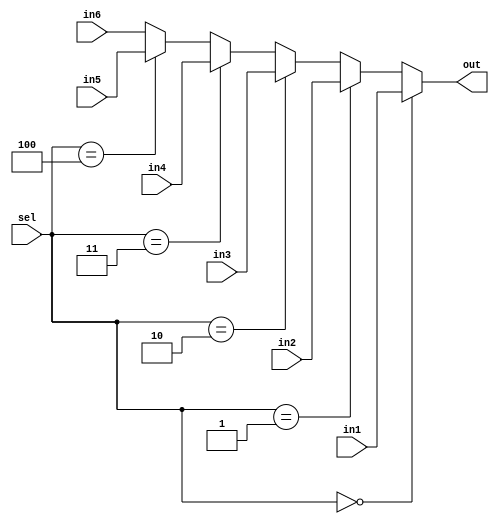
module mux82(sel,in1,in2,in3,in4,in5,in6,out);
  input [2:0] sel;
  input [7:0] in1;
  input [7:0] in2;
  input [7:0] in3;
  input [7:0] in4;
  input [7:0] in5;
  input [7:0] in6;
  output [7:0] out;
  assign out = (sel==3'b000)?in1:(sel==3'b001)?in2:(sel==3'b010)?in3:(sel==3'b011)?in4:(sel==3'b100)?in5:in6;
endmodule